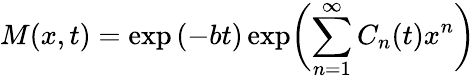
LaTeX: M(x,t)=\exp{(-bt)}\exp\biggl(\sum_{n=1}^{\infty}C_{n}(t)x^{n}\biggr)